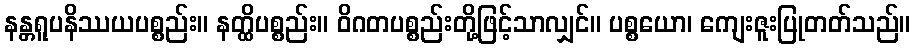
နန္တရူပနိဿယပစ္စည်း။ နတ္ထိပစ္စည်း။ ဝိဂတပစ္စည်းတို့ဖြင့်သာလျှင်။ ပစ္စယော၊ ကျေးဇူးပြုတတ်သည်။